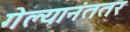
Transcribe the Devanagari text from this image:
गेल्यानंततर